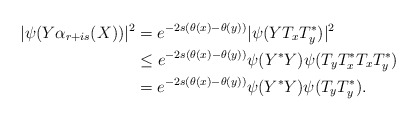
\begin{align*}|\psi(Y\alpha_{r+is}(X))|^2&=e^{-2s(\theta(x)-\theta(y))}|\psi(YT_xT_y^*)|^2\\&\leq e^{-2s(\theta(x)-\theta(y))}\psi(Y^*Y)\psi(T_yT_x^*T_xT_y^*)\\&= e^{-2s(\theta(x)-\theta(y))}\psi(Y^*Y)\psi(T_yT_y^*).\end{align*}